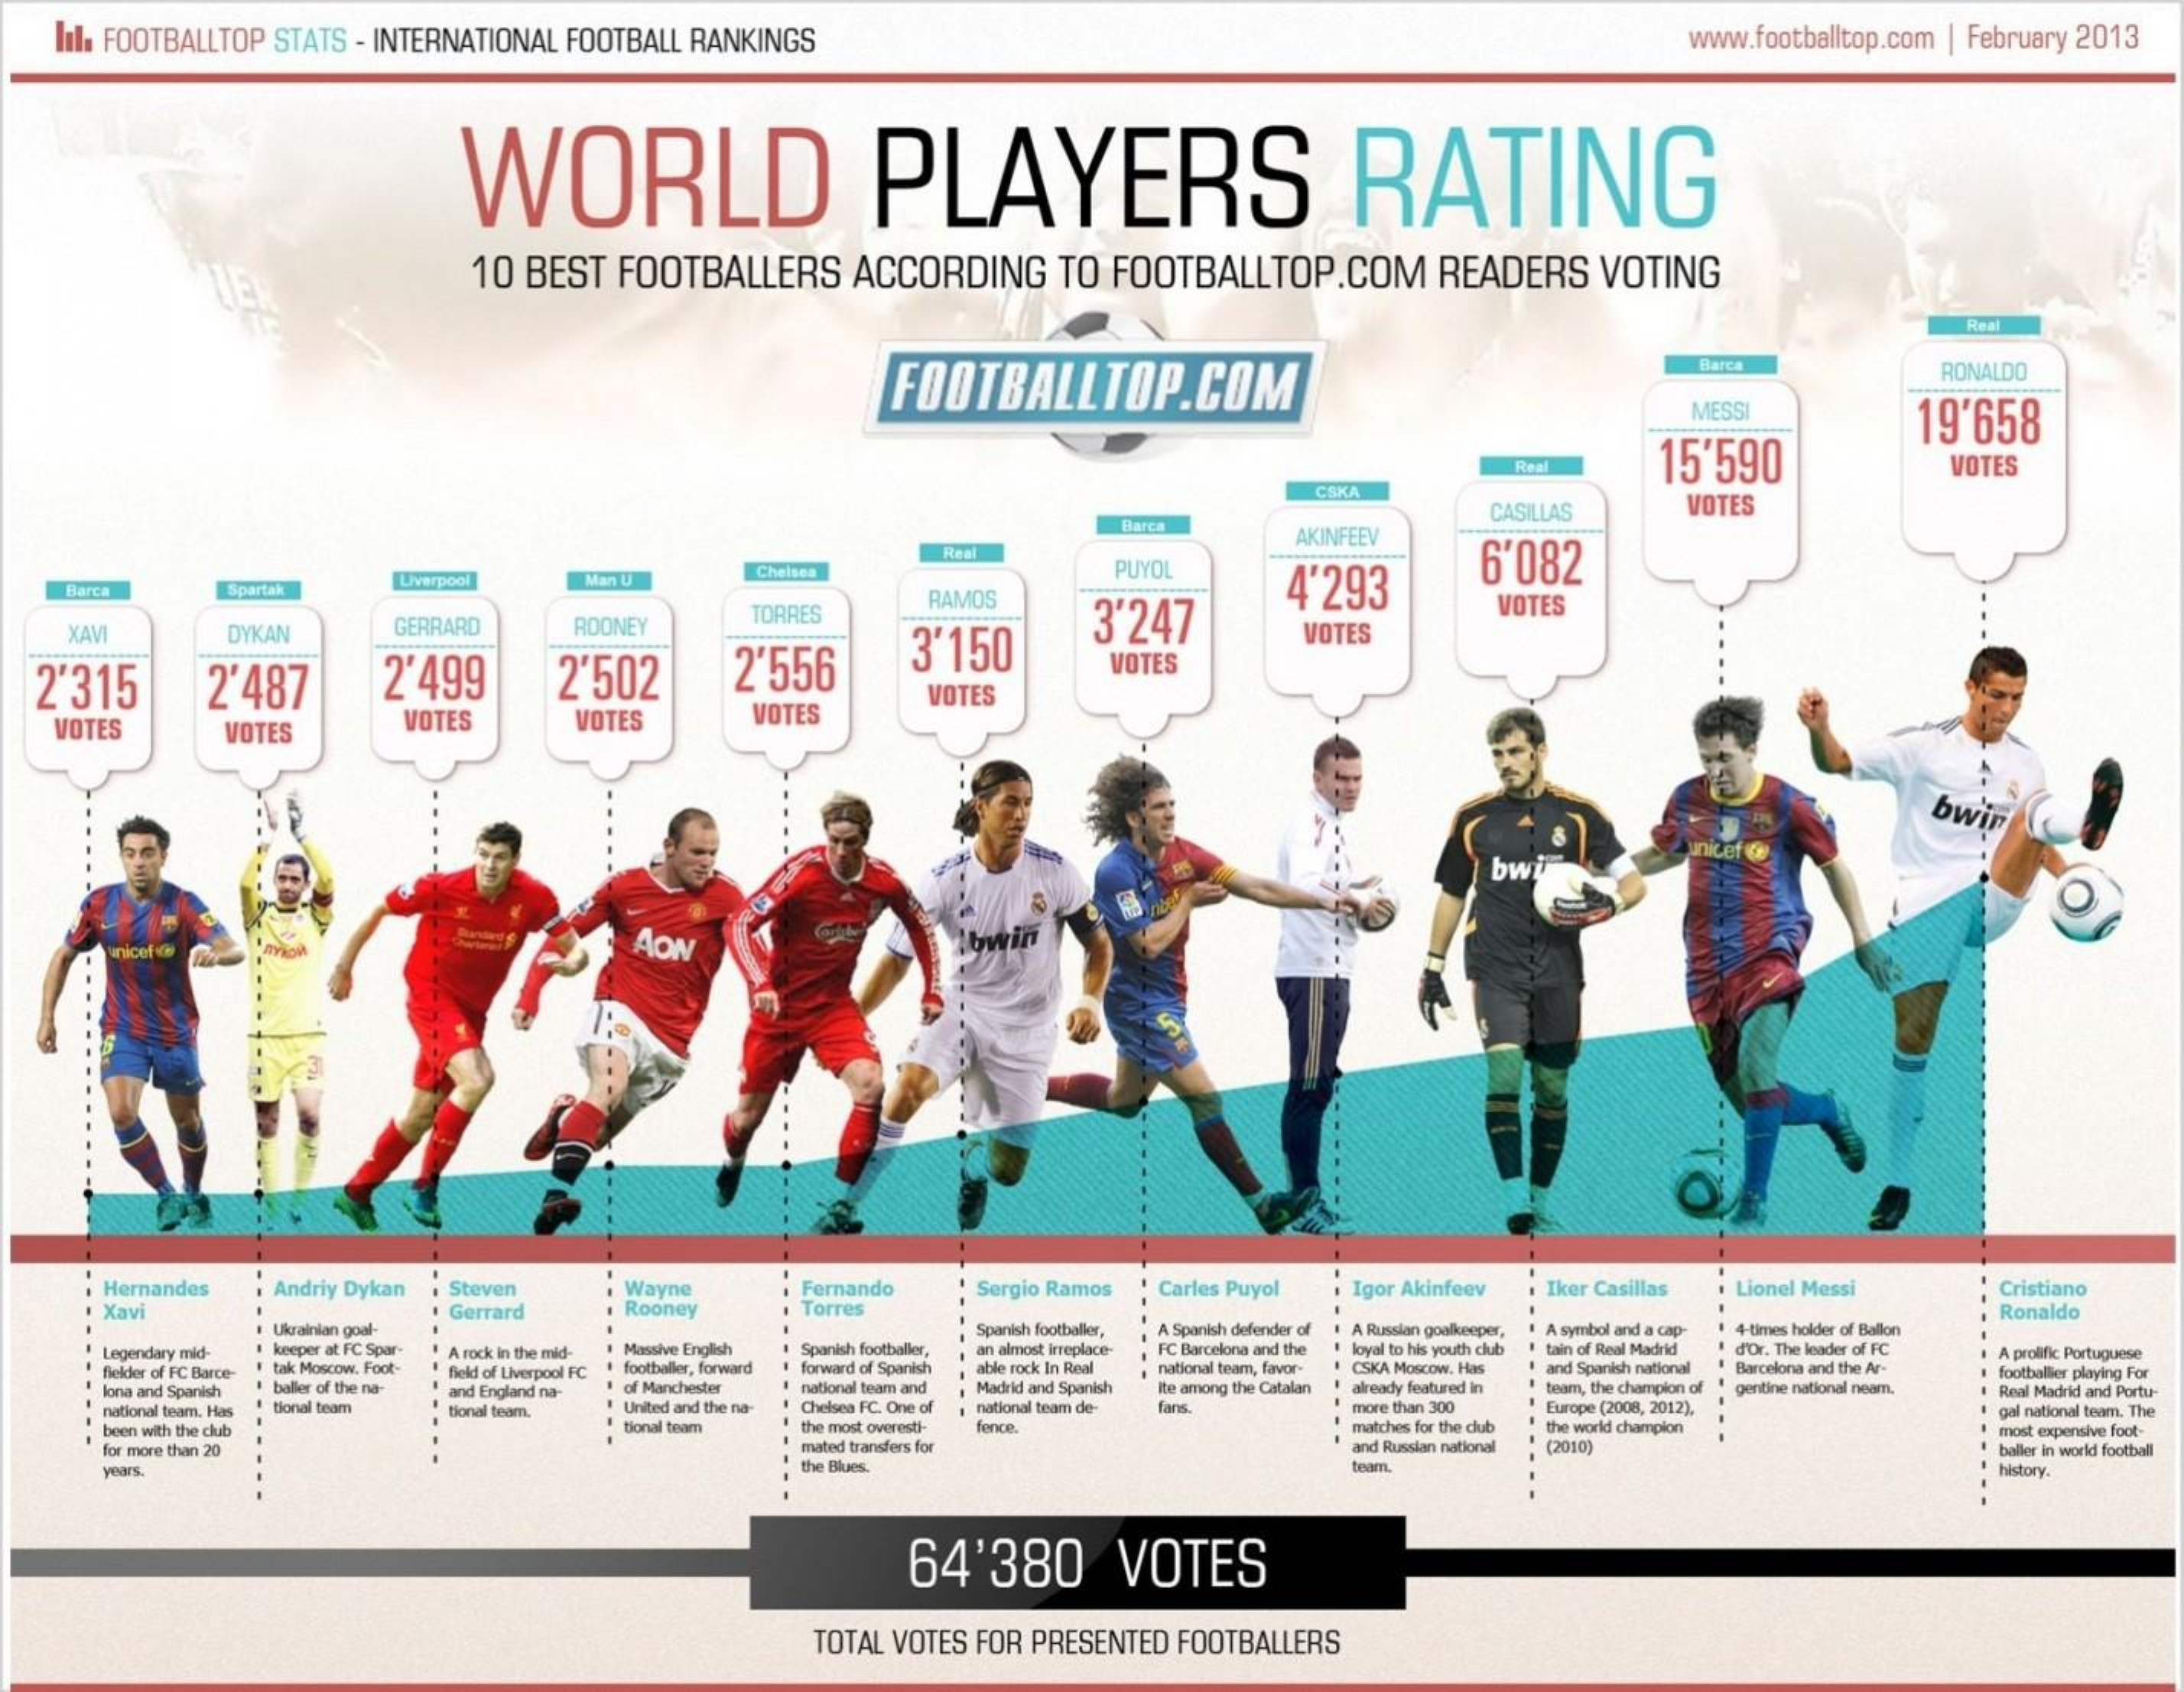
Il. FOOTBALLTOP STATS - INTERNATIONAL FOOTBALL RANKINGS    www.footballtop.com | February 2013
     WORLD    PLAYERS    RATING
     10 BEST FOOTBALLERS ACCORDING TO FOOTBALLTOP.COM READERS VOTING
     Real
     FOOTBALLTOP.COM
     Barca    RONALDO
     MESSI
     15'590
     19'658
     Real    VOTES
     CSKA
     AKINFEEV
     CASILLAS VOTES
     Barca
     Real
     PUYOL
     4'293   6'082
   Barca Spartak
     Liverpool Man U
     Chelsea
   XAVI  DYKAN  GERRARD ROONEY
     TORRES
     RAMOS
     3'247
     VOTES
  2'315 2'487  2'499  2'502  2'556  3'150    VOTES
     VOTES
  VOTES  VOTES  VOTES  VOTES  VOTES
     VOTES
     bwin
     bwi
     O
     AON unicef
    Hernandes Andriy Dykan Steven
    Xavi    Gerrard
     Wayne  Fernando Sergio Ramos Carles Puyol Iker Casillas · Lionel Messi Cristiano
     Rooney Torres
     Igor Akinfeev
     Ukrainlan goal-
     keeper at FC Spar- Massive English Spanish footballier,
     Spanish footballer,
     Ronaldo
     A Russian goalkeeper,
    Legendary mid-
     tak Moscow. Foot-
     A rock in the mid-  an almost irreplace-
     A Spanish defender of
     footballier, forward forward of Spanish able rock In Real
     FC Barcelona and the loyal to his youth club
     A symbol and a cap-
     tain of Real Madrid
     4-times holder of Ballon
    fielder of FC Barce-
     baller of the na-
     field of Liverpool FC
     of Manchester national team and Madrid and Spanish
     national team, Favor-
     ite among the Catalan
     CSKA Moscow. Has and Spanish national
     d'Or. The leader of FC
     Barcelona and the Ar-
     A prolific Portuguese
    lona and Spanish
     tional team
     and England na-
     United and the na- Chelsea FC. One of
     already featured in beam, the champion of
     more than 300 Europe (2008, 2012).
     gentine national neam.
     footballer playing For
     national team de-
     Real Madrid and Portu-
    national team, Has tional team.    Lars
    been with the club   tional team the most overesti- fence. matches for the club the world champion
     gal national team. The
     mated transfers for
     most expensive foot-
    for more than 20    and Russian national (2010) baller in world football
    years    the Blues.    history.
     64'380  VOTES
     TOTAL VOTES FOR PRESENTED FOOTBALLERS